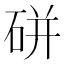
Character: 硑